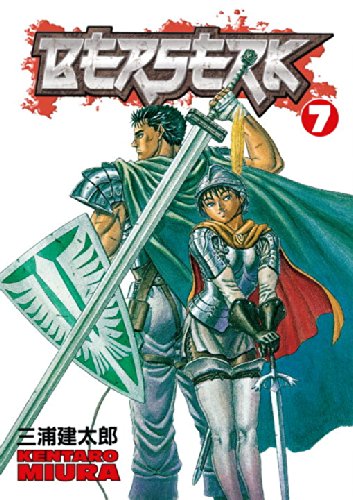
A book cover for Berserk, Vol. 7; Kentaro Miura; Comics & Graphic Novels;